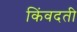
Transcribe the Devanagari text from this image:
किंवदती